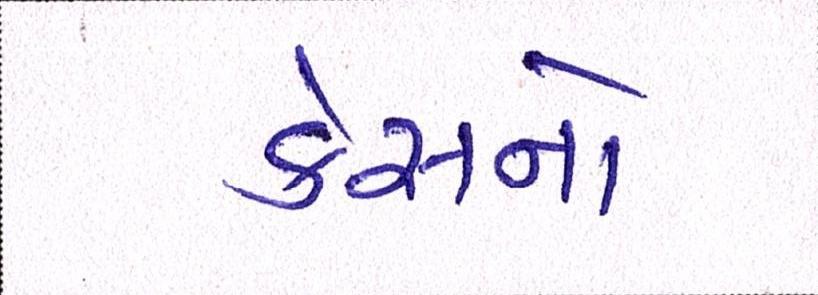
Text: કેસનો